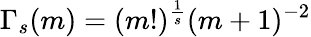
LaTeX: \Gamma_{s}(m)=(m!)^{\frac 1s}(m+1)^{-2}